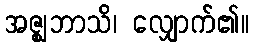
အဇ္ဈဘာသိ၊ လျှောက်၏။